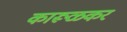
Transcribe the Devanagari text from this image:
कारूळकर